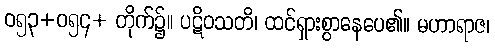
ဝ၅၃+ဝ၅၄+ တိုက်၌။ ပဋိဝသတိ၊ ထင်ရှားစွာနေပေ၏။ မဟာရာဇ၊